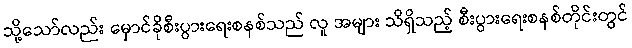
သို့သော်လည်း မှောင်ခိုစီးပွားရေးစနစ်သည် လူ အများ သိရှိသည့် စီးပွားရေးစနစ်တိုင်းတွင်